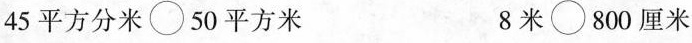
45平方分米\bigcirc 50平方米 8米\bigcirc 800厘米